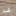
قد